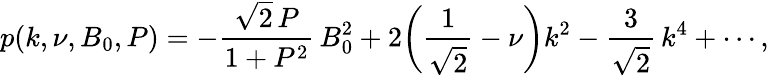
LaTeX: p(k,\nu,B_{0},P)=-\frac{\sqrt{2}\, P}{1+P^{2}}\, B_{0}^{2}+2\biggl(\frac{1}{\sqrt{2}}-\nu\biggr)k^{2}-\frac{3}{\sqrt{2}}\, k^{4}+\cdots,